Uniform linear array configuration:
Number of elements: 24
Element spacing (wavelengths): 1
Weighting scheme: hamming
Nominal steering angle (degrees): -30
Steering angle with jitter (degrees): -30.346
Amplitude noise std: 0.05
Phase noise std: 0.05

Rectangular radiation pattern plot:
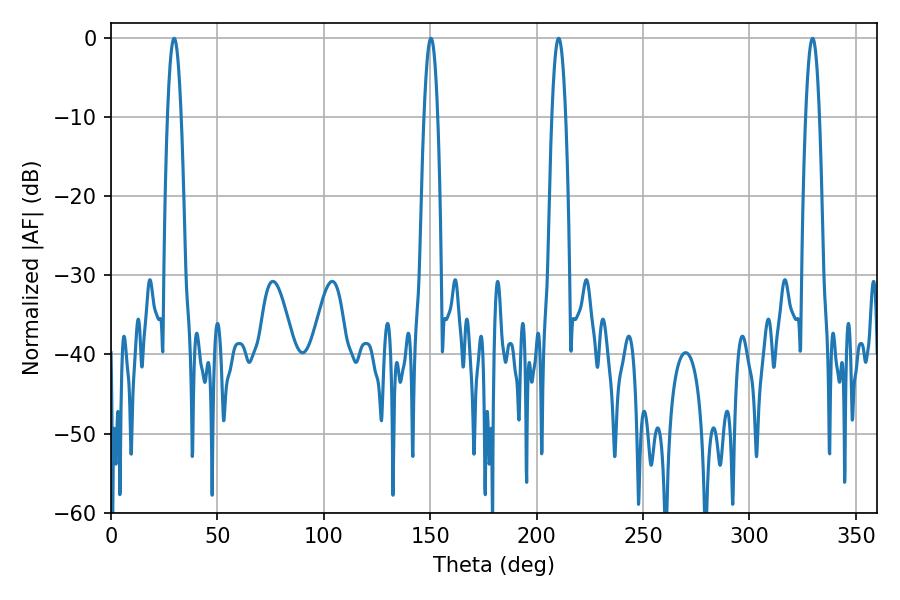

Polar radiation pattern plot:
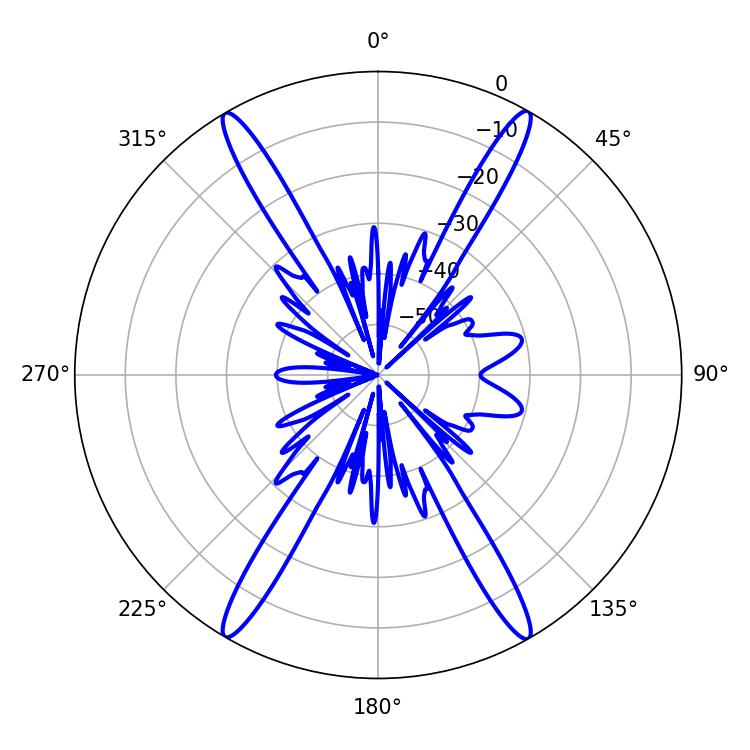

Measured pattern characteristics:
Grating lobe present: TRUE
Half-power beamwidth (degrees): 3.6
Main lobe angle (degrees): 150.3